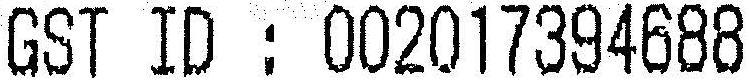
GST ID : 002017394688